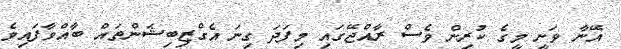
އޭނާ ވަނީ މީގެ ކުރިން ވެސް ރާއްޖޭގައި މިފަދަ ގިނަ އެގްޒިބިޝަންތައް ބާއްވާފައިވެ